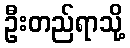
ဦးတည်ရာသို့